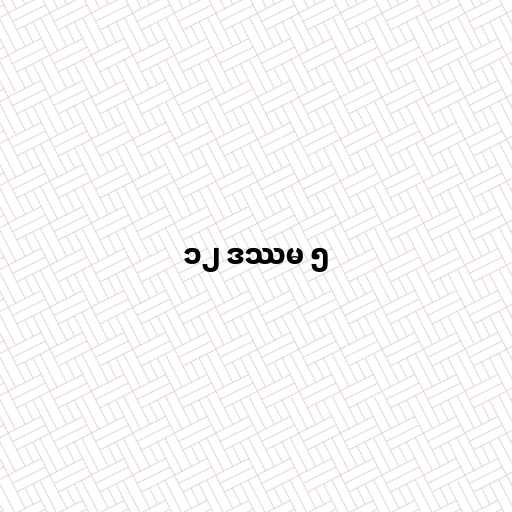
၁၂ ဒဿမ ၅